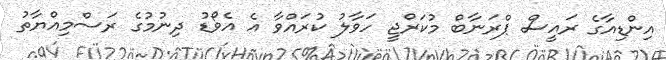
އިންޑިއާގެ ރައީސް ޕްރަނާބް މުކަރްޖީ ހަވާލު ކުރައްވާ އެ އެވޯޑު ދިނުމުގެ ރަސްމިއްޔާތު